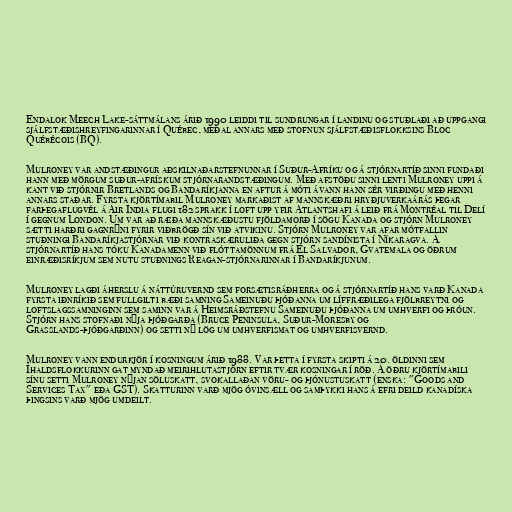
Endalok Meech Lake-sáttmálans árið 1990 leiddi til sundrungar í landinu og stuðlaði að uppgangi
sjálfstæðishreyfingarinnar í Québec, meðal annars með stofnun sjálfstæðisflokksins Bloc
Québécois (BQ).

Mulroney var andstæðingur aðskilnaðarstefnunnar í Suður-Afríku og á stjórnartíð sinni fundaði
hann með mörgum suður-afrískum stjórnarandstæðingum. Með afstöðu sinni lenti Mulroney uppi á
kant við stjórnir Bretlands og Bandaríkjanna en aftur á móti ávann hann sér virðingu með henni
annars staðar. Fyrsta kjörtímabil Mulroney markaðist af mannskæðri hryðjuverkaárás þegar
farþegaflugvél á Air India flugi 182 sprakk í loft upp yfir Atlantshafi á leið frá Montréal til Delí
í gegnum London. Um var að ræða mannskæðustu fjöldamorð í sögu Kanada og stjórn Mulroney
sætti harðri gagnrýni fyrir viðbrögð sín við atvikinu. Stjórn Mulroney var afar mótfallin
stuðningi Bandaríkjastjórnar við kontraskæruliða gegn stjórn sandínista í Níkaragva. Á
stjórnartíð hans tóku Kanadamenn við flóttamönnum frá El Salvador, Gvatemala og öðrum
einræðisríkjum sem nutu stuðnings Reagan-stjórnarinnar í Bandaríkjunum.

Mulroney lagði áherslu á náttúruvernd sem forsætisráðherra og á stjórnartíð hans varð Kanada
fyrsta iðnríkið sem fullgilti bæði samning Sameinuðu þjóðanna um líffræðilega fjölbreytni og
loftslagssamninginn sem saminn var á Heimsráðstefnu Sameinuðu þjóðanna um umhverfi og þróun.
Stjórn hans stofnaði nýja þjóðgarða (Bruce Peninsula, Suður-Moresby og
Grasslands-þjóðgarðinn) og setti ný lög um umhverfismat og umhverfisvernd.

Mulroney vann endurkjör í kosningum árið 1988. Var þetta í fyrsta skipti á 20. öldinni sem
Íhaldsflokkurinn gat myndað meirihlutastjórn eftir tvær kosningar í röð. Á öðru kjörtímabili
sínu setti Mulroney nýjan söluskatt, svokallaðan vöru- og þjónustuskatt (enska: "Goods and
Services Tax" eða GST). Skatturinn varð mjög óvinsæll og samþykki hans á efri deild kanadíska
þingsins varð mjög umdeilt.